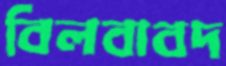
বিলবাবদ